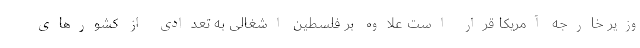
وزیر خارجه آمریکا قرار است علاوه بر فلسطین اشغالی به تعدادی از کشورهای